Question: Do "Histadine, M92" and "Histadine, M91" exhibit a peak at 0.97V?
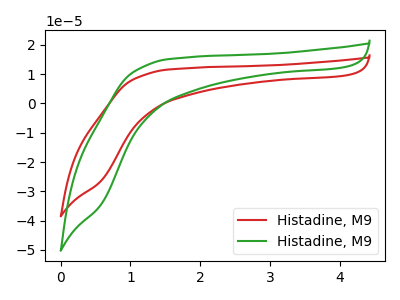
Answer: <think>The red curve "Histadine, M91" has no peaks. The green curve "Histadine, M92" has no peaks.</think>
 <answer>No, "Histadine, M92" and "Histadine, M91" dont share a peak at 0.97V.</answer>
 <eval>mismatch</eval>